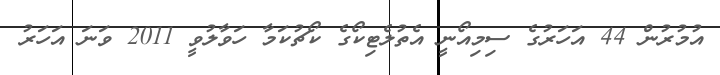
އުމުރުން 44 އަހަރުގެ ސިމިއޯނީ އެތުލެޓިކޯގެ ކޯޗުކަމާ ހަވާލުވީ 2011 ވަނަ އަހަރު